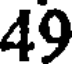
49